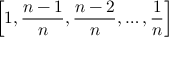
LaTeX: \left[ 1 , { \frac { n - 1 } { n } } , { \frac { n - 2 } { n } } , \dots , { \frac { 1 } { n } } \right]